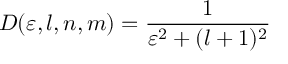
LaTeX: D ( \varepsilon , l , n , m ) = \frac { 1 } { \varepsilon ^ { 2 } + ( l + 1 ) ^ { 2 } } \nonumber